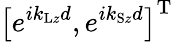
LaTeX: \left[e^{ik_{\mathrm{L}z}d},e^{ik_{\mathrm{S}z}d}\right]^{\mathrm{T}}